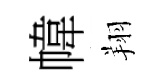
幃翔